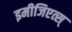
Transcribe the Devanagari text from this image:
इमीजिएत्स्